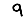
Digit: 9